Anatomy and histology of ticks - Number 23
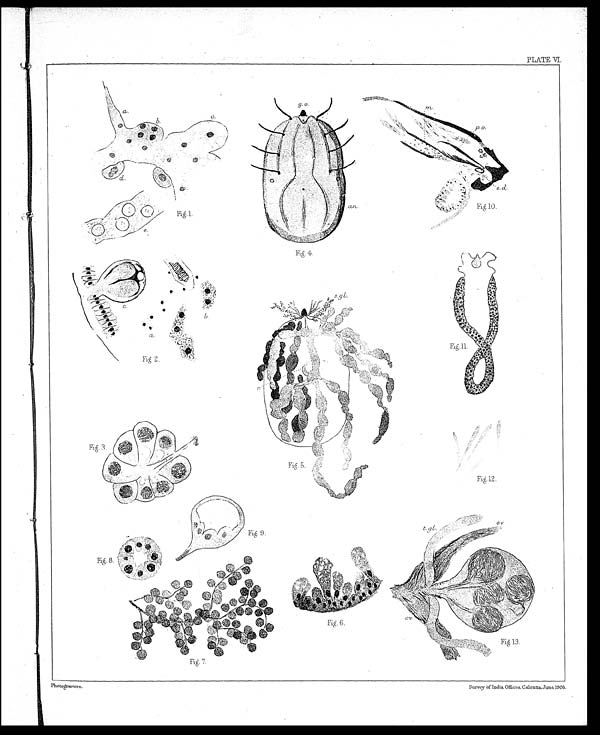
PLATE VI.
Photoģravure.
Survey. of India Offices, Calcutta June,1905.